King Institute of Preventive Medicine Bacteriolog. Section reports 1907-08
Year: 1907
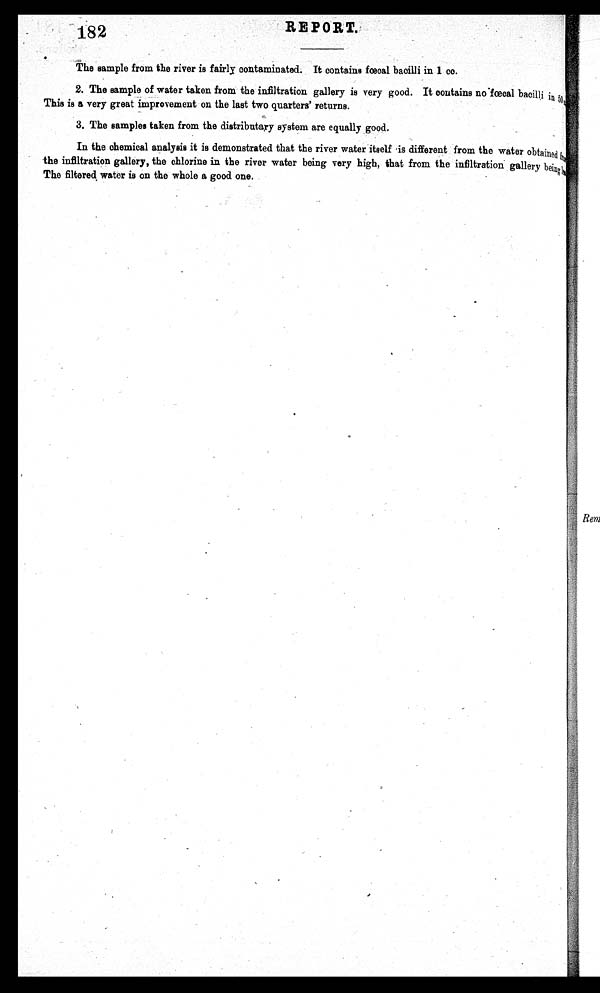
182
REPORT.
The sample from the river is fairly contaminated. It contains fœcal bacilli in 1 cc.
2. The sample of water taken from the infiltration gallery is very good. It contains no fœcal bacilli in 50 cc.
This is a very great improvement on the last two quarters' returns.
3. The samples taken from the distributary system are equally good.
In the chemical analysis it is demonstrated that the river water itself is different from the water obtained [illegible]
the infiltration gallery, the chlorine in the river water being very high, that from the infiltration gallery being [illegible]
The filtered water is on the whole a good one.